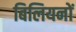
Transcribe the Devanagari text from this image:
बिलियनों